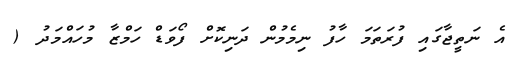
އެ ނަތީޖާގައި ފުރަތަމަ ހާފު ނިމެމުން ދަނިކޮށް ފޯވަޑް ހަމްޒާ މުހައްމަދު (